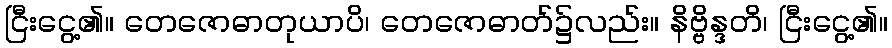
ငြီးငွေ့၏။ တေဇောဓာတုယာပိ၊ တေဇောဓာတ်၌လည်း။ နိဗ္ဗိန္ဒတိ၊ ငြီးငွေ့၏။